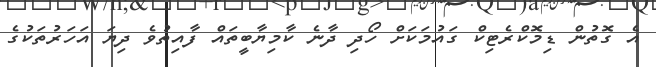
އެ ގޮތުން ޑިމޮކްރެޓިކް ގައުމަކަށް ހޯދި ދާނެ ކާމިޔާބީތައް ފާއިތުވެ ދިޔަ އަހަރުތަކުގެ